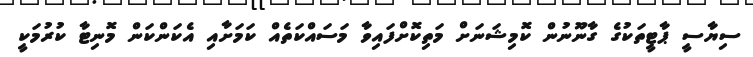
ސިޔާސީ ޕާޓީތަކުގެ ގާނޫނުން ކޮމިޝަނަށް މަތިކޮށްފައިވާ މަސައްކަތެއް ކަމަށާއި އެކަންކަން މޮނިޓާ ކުރުމަކީ